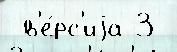
 в'е́рс'иjа 3